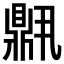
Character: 𬹧